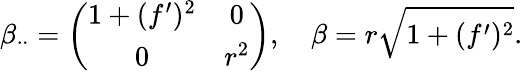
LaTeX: \beta_{\cdot\cdot}=\left(\begin{array}{cc}{1+(f^{\prime})^{2}}&{0}\\ {0}&{r^{2}}\end{array}\right),\quad\beta=r\sqrt{1+(f^{\prime})^{2}}.